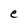
Character: e